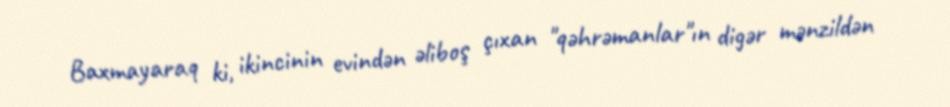
Baxmayaraq ki, ikincinin evindən əliboş çıxan "qəhrəmanlar"ın digər mənzildən